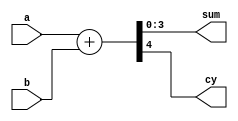
`timescale 1ns / 1ps
//////////////////////////////////////////////////////////////////////////////////
module fourbitadder(a,b,sum,cy);
	input [3:0]a,b;
	output[3:0]sum;
	output cy;
	
	assign {cy,sum} = a + b;
endmodule

module BCD_adder(a,b,sum,cout);
	input [3:0]a,b;
	output[3:0]sum;
	output cout;
	
	wire[3:0]sum1;
	wire c1,c2;
	reg [3:0]x;
	
	fourbitadder a1(a,b,sum1,c1);
	assign cout = (c1 | (sum1[3]&sum1[2]) | (sum1[1]&sum1[3]));
	always@(*)
	begin
		if (cout==1'b1) x=4'b0110;
		else x=4'b0000;
	end
	fourbitadder a2(sum1,x,sum,c2);

endmodule